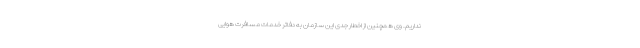
نداریم. وی همچنین از اخطار جدی این سازمان به دفاتر خدمات مسافرت هوایی